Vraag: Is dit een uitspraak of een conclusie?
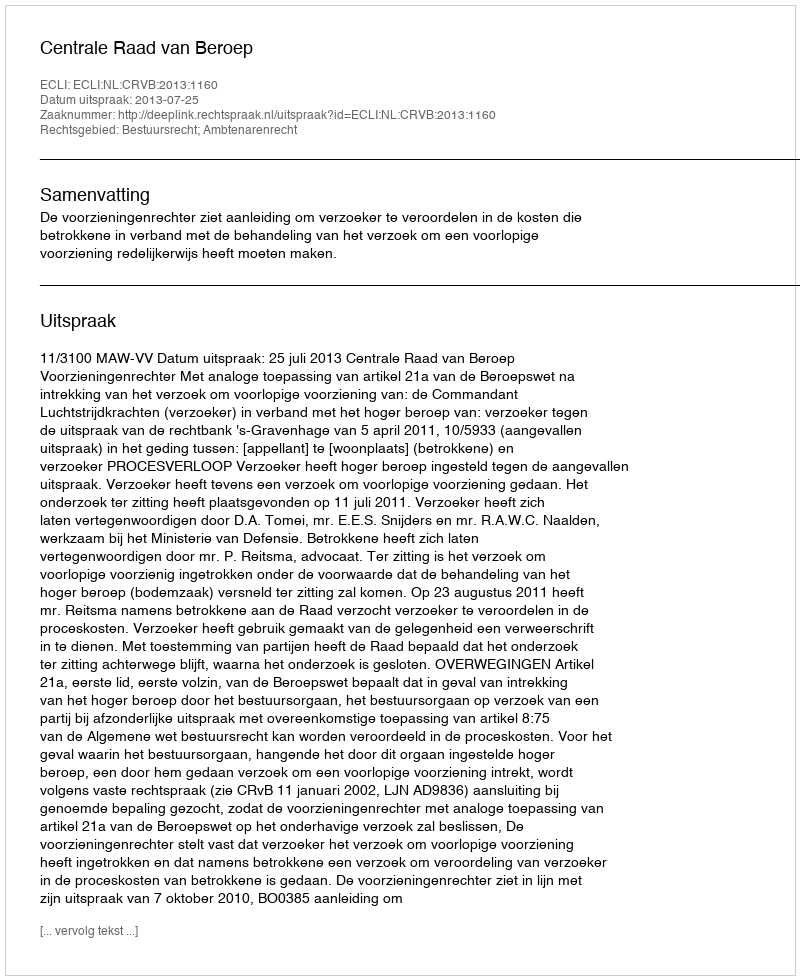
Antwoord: Uitspraak